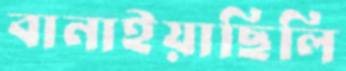
বানাইয়াছিলি